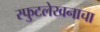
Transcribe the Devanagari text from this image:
स्फुटलेखनाचा